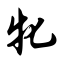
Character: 牝